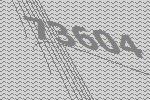
73604